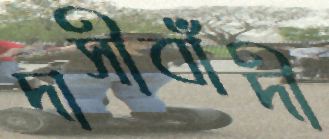
দাসীবাঁদী